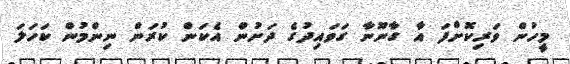
މީހުން ވަރިކޮށްފަ އާ ގާނޫނާ ގަވައިދުގެ ދަށުން އެކަން ކުރަން ނިންމުން ކަހަލަ